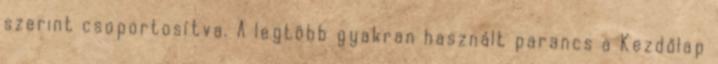
szerint csoportosítva. A legtöbb gyakran használt parancs a Kezdőlap